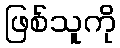
ဖြစ်သူကို